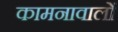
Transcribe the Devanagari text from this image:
कामनावालों